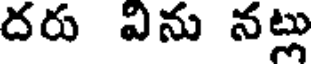
దరు విను నట్లు